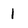
Character: 1